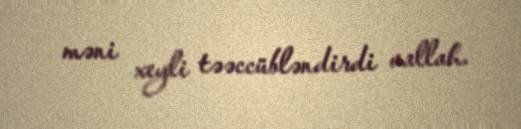
məni xeyli təəccübləndirdi vallah.